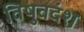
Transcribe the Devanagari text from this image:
विषुवदंश